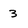
Character: 3